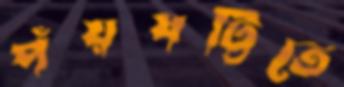
পঁয়ষট্টিতে